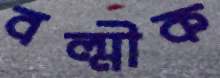
বল্মীক